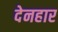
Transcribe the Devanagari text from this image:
देनहार